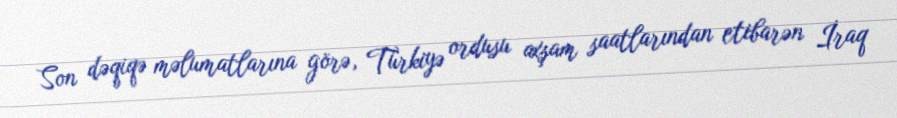
Son dəqiqə məlumatlarına görə, Türkiyə ordusu axşam saatlarından etibarən İraq